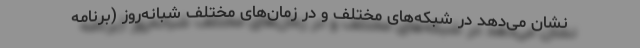
نشان می‌دهد در شبکه‌های مختلف و در زمان‌های مختلف شبانه‌روز (برنامه